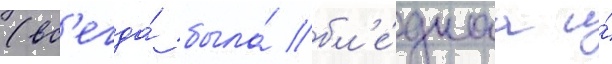
(вс'егда́ была́ бл'е́днаа и́